system: You are a helpful assistant.
user:
Analyze the provided spectrum to determine if it is a **S-type Star**.

- **Key Indicators for S-type Star:**

    - **(Overall Spectrum Shape):** The first and most obvious characteristic is the overall continuum (the "baseline" shape). It is **extremely "red-sloping,"** meaning the flux (light intensity) is very low on the left side (blue, ~4000-4500 Å) and rises steeply and continuously toward the right side (red, ~7000 Å+).

    - **(Primary):** The spectrum is defined by the presence of strong, broad molecular absorption "valleys" (bands) from **Zirconium Oxide (ZrO)**. The identification of these bands is the **primary requirement** for classifying a star as S-type.
        - **(Key Bandheads):** You must find distinct, deep "dips" where the light has been absorbed. The most critical band systems to locate are:
            - **~6474 Å** ($\gamma$-system): This is often the strongest and clearest ZrO feature, found in the red part of the spectrum.
            - **~5718 Å** & **~5551 Å** ($\beta$-system): A pair of prominent absorption features in the yellow-orange part of the spectrum.
            - **~4640 Å** ($\alpha$-system): A key absorption band system in the blue-green region of the spectrum.

    - **(Secondary Confirmation):** The classification is strengthened by finding additional absorption bands from other related heavy element oxides, which are expected to be present alongside ZrO.
        - **(Key Bandheads):**
            - **Yttrium Oxide (YO):** Look for absorption dips near **~4800 Å** and **~6100 Å**.
            - **Lanthanum Oxide (LaO):** Additional absorption features, particularly in the red-orange part of the spectrum, are also characteristic.

    - **(Line Profile):** The combination of the steep red continuum and these numerous, deep molecular bands (ZrO, YO, etc.) gives the entire spectrum a very **"chopped-up"** or **"bumpy"** appearance. Instead of a smooth curve, the spectrum looks as though large, wide chunks of light have been "carved out" of it at the specific wavelengths listed above.

Think first, call **spectral_visualization_tool** if needed to examine features in detail, then provide your final answer. Your response must adhere to the following strict rules:
1.  **Overall Structure:** Your response must follow the format `<think>...</think> <tool_call>...</tool_call> (if a tool is used) <answer>...</answer>`.
2.  **Tool Usage Constraint:** You may only make **one** tool call per turn.
3.  **Final Answer Format:** In the `<answer>` tag, your conclusion must be inside a `\boxed{}` command (e.g., `\boxed{YES}` or `\boxed{NO}`), followed by your justification.

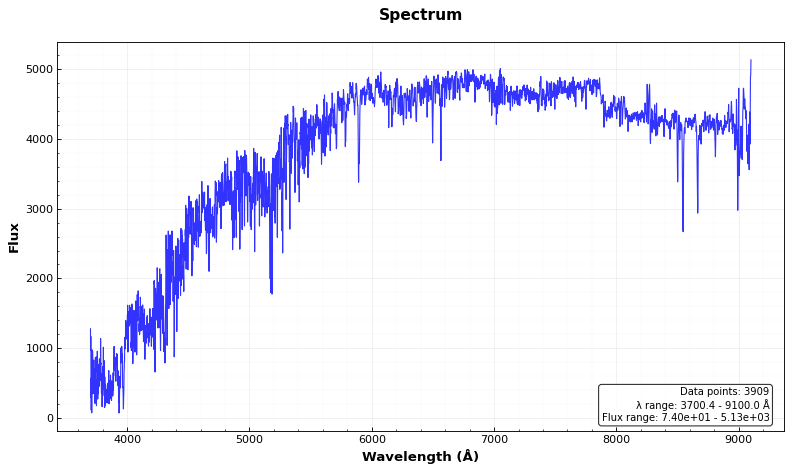
Answer: NO